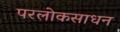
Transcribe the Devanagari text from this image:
परलोकसाधन